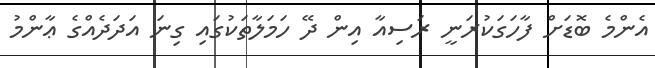
އެންމެ ބޮޑަށް ފާހަގަކުރަނީ ރަސިއާ އިން ދޭ ހަމަލާތަކުގައި ގިނަ އަދަދެއްގެ ޢާންމު